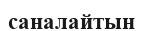
саналайтын